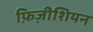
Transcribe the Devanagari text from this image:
फ़िज़ीशियन